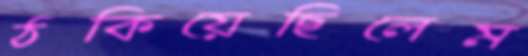
ঠকিয়েছিলেম